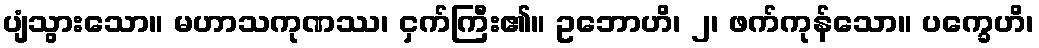
ပျံသွားသော။ မဟာသကုဏဿ၊ ငှက်ကြီး၏။ ဥဘောဟိ၊ ၂၊ ဖက်ကုန်သော။ ပက္ခေဟိ၊